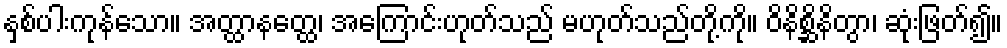
နှစ်ပါးကုန်သော။ အတ္ထာနတ္ထေ၊ အကြောင်းဟုတ်သည် မဟုတ်သည်တို့ကို။ ဝိနိစ္ဆိနိတွာ၊ ဆုံးဖြတ်၍။